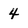
Character: 4